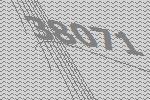
38071